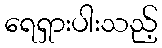
ရေရှားပါးသည့်